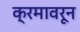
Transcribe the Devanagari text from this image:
क्रमावरून